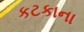
કટકાના